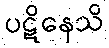
ပဋိနေသိ